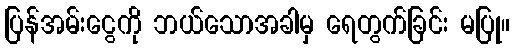
ပြန်အမ်းငွေကို ဘယ်သောအခါမှ ရေတွက်ခြင်း မပြု။